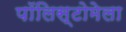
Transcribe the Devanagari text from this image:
पॉलिस्टोमेला